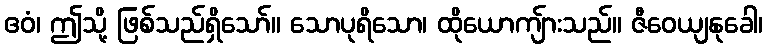
ဧဝံ၊ ဤသို့ ဖြစ်သည်ရှိသော်။ သောပုရိသော၊ ထိုယောကျ်ားသည်။ ဇီဝေယျနုခေါ၊